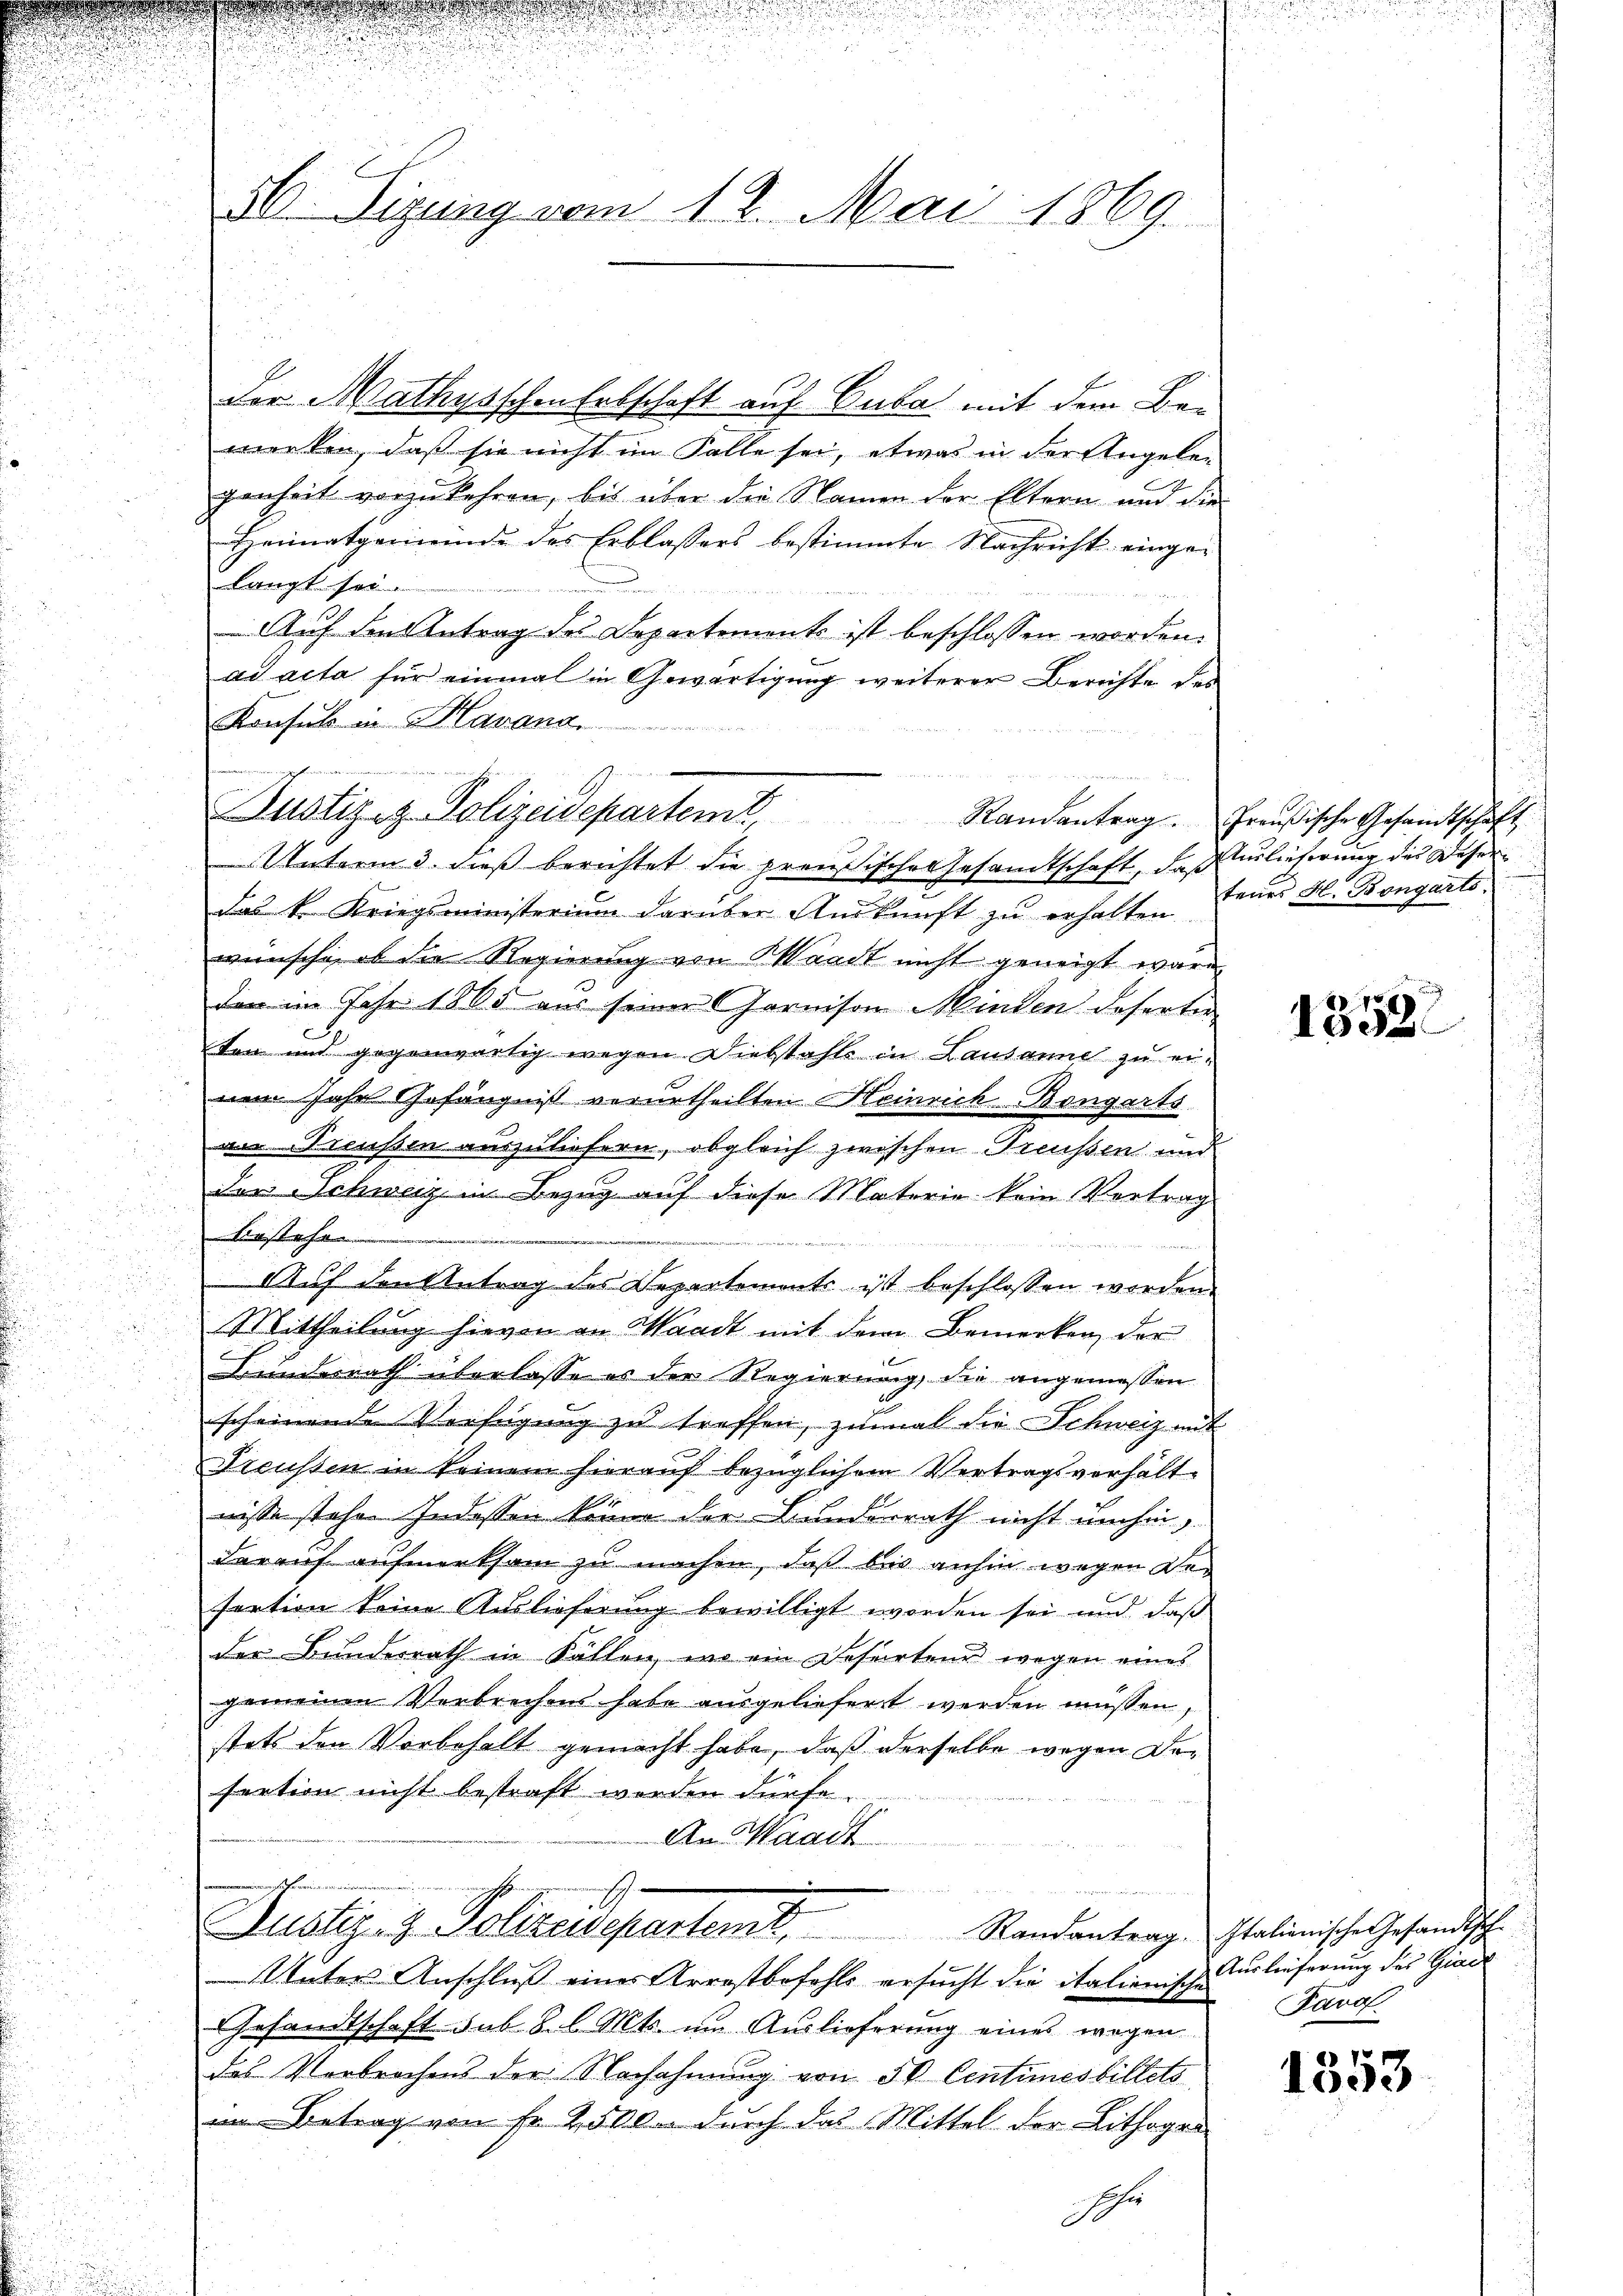
20. Sigung vom 12. Mai 1869.

der Mathysschen Erbschaft auf Cuba mit dem Bemerken, daß sie nicht im Falle sei, etwas in der Angelegenheit vorzukehren, bis über die Namen der Eltern und die
Heimatgemeinde des Erblassers bestimmte Nachricht eingelangt sei.
Auf den Antrag des Departements ist beschlossen worden.
ad acta für einmal in Gewärtigung weiterer Berichte des
Konsul in Manana
Unterm 3. dieß berichtet die preußische Gesandtschaft, daß erlicherung des Weserdas k. Kriegsministerium darüber Auskunft zu erhalten.
wünsche, ob die Regierung von Waadt nicht geneigt wäre,
den im Jahr 1805 aus seiner Garnison Minden deferten
tem und gegenwärtig wegen Diebstahle in Lausanne zu einem Jahr Gefängniß verurtheilten Heinrich. Bongarts
an Preußen auszuliefern, obgleich zwischen Treussen und
der Schweiz in Bezug auf diese Materie kein Vertrag
bestehe
Auf den Antrag des Departemonts ist beschlossen worden.
Mittheilung hievon an Waadt mit dem Bemerken der
Bundesrath überlasse es der Regierung, die angemessen
scheinende Verfügung zu treffen, zumal die Schweiz mit
Preussen in keinem hierauf bezüglichem Vertragsverhält¬
4
nisse stehen Indessen kann der Bundesrath nicht umhin,
Darauf aufmerksam zu machen, daß bei anhin wegen Defertion keine Auslieferung bewilligt worden sei und daß
der Bundesrath in Fällen, wo ein Desurteur wegen eines
gemeinen Verbrechens habe ausgeliefert werden müssen,
stets den Vorbehalt gemacht habe, daß derselbe wegen Desection nicht bestraft worden dürfe.
An Waadt
mienecht eine

Justiz- & Polizeisepartem Randantrag. Italienische Gesandtsch
Väters Anschluß eines Arrestbefehls ersucht die italienische Turlieferung des Giac
Gesandtschaft sub 8. l. Mts. um Auslieferung eines wegen
das Verbrochens der Nachahmung von 50 Centimesbillets
um Betrag von Fr. 2500. durch das Mittel der Lithoges
licher

Justiz- & Polizeidepartemt,

Randantrag. Preußische Gesandtschaft
tenes H. Bongarts

13522

Pard

e
1503